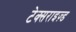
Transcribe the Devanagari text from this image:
टेक्सराइज़्ड